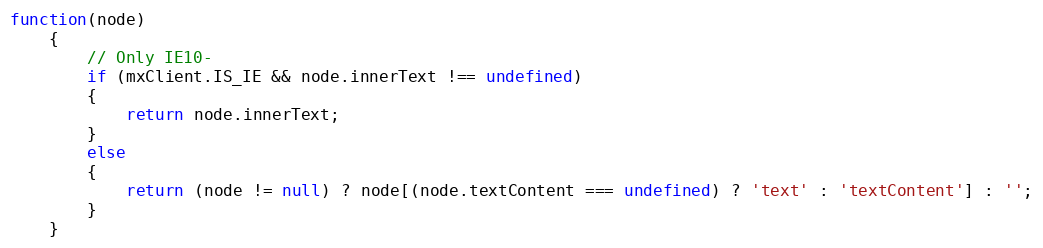
Language: JavaScript
function(node)
	{
		// Only IE10-
		if (mxClient.IS_IE && node.innerText !== undefined)
		{
			return node.innerText;
		}
		else
		{
			return (node != null) ? node[(node.textContent === undefined) ? 'text' : 'textContent'] : '';
		}
	}